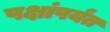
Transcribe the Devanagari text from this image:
पक्षांपर्यंत